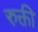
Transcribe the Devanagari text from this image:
रुक्ती